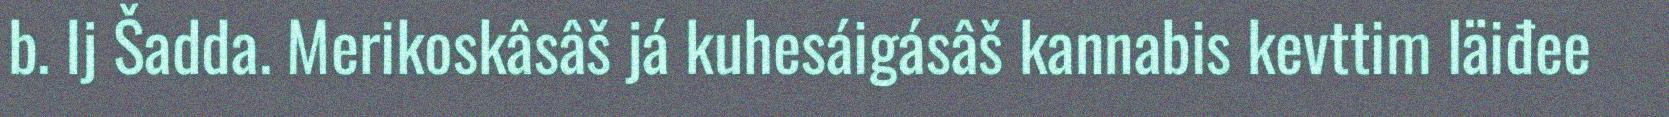
b. Ij Šadda. Merikoskâsâš já kuhesáigásâš kannabis kevttim läiđee